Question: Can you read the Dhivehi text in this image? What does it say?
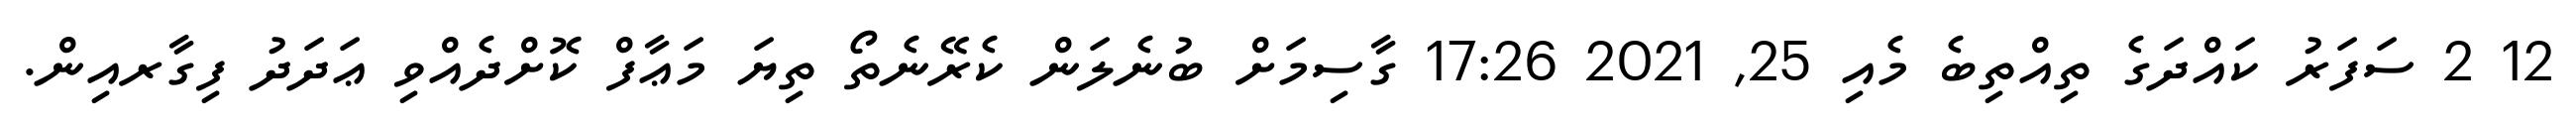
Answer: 12 2 ސަފަރު ކައްދަގެ ތިއްތިބެ މެއި 25, 2021 17:26 ގާސިމަށް ބުނެލަން ކެރޭނެތޯ ތިޔަ މަޢާފް ކޮށްދެއްވި ޢަދަދު ފިގާރއިން.